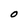
Character: O